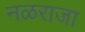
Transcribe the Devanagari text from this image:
नळराजा